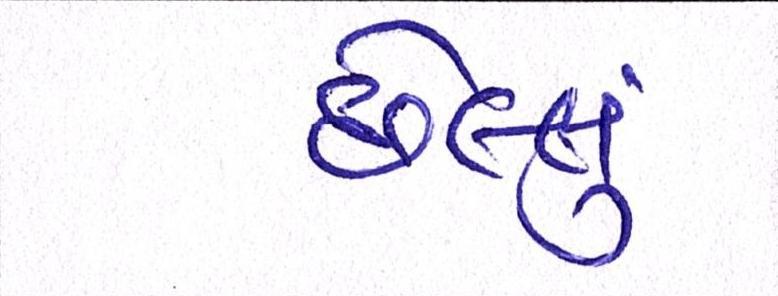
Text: છેલ્લું